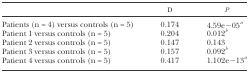
|  | D | P |
 | --- | --- | --- |
 | Patients (n = 4) versus controls (n = 5) | 0.174 | 4.59e−05a |
 | Patient 1 versus controls (n = 5) | 0.204 | 0.012b |
 | Patient 2 versus controls (n = 5) | 0.147 | 0.143 |
 | Patient 3 versus controls (n = 5) | 0.157 | 0.092b |
 | Patient 4 versus controls (n = 5) | 0.417 | 1.102e−13a |